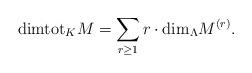
LaTeX: \begin{align*}\mathrm{dimtot}_K M=\sum_{r\geq 1}r\cdot \mathrm{dim}_{\Lambda}M^{(r)}.\end{align*}